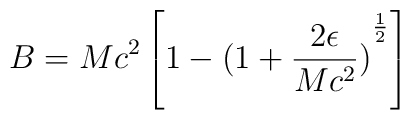
B=M c^{2}\left[1-{(1+\frac{2\epsilon} {M c^{2}})}^{\frac{1} {2}}\right]